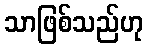
သာဖြစ်သည်ဟု